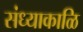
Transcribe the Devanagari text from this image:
संध्याकाळि